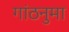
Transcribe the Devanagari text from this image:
गांठनुमा